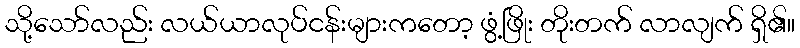
သို့သော်လည်း လယ်ယာလုပ်ငန်းများကတော့ ဖွံ့ဖြိုး တိုးတက် လာလျက် ရှိ၏။